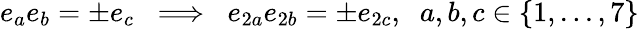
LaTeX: e_{a}e_{b}=\pm e_{c}\; \; \Longrightarrow\; \; e_{2a}e_{2b}=\pm e_{2c},\; \; a,b,c\in\{ 1,...,7\}